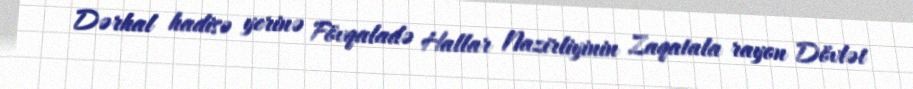
Dərhal hadisə yerinə Fövqaladə Hallar Nazirliyinin Zaqatala rayon Dövlət